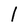
Character: 1